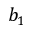
b _ { 1 }